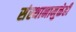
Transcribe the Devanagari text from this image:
संस्थानामुळेही